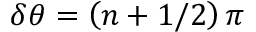
\delta \theta = \left( n + 1 / 2 \right) \pi